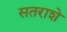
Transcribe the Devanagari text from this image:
सतराशे